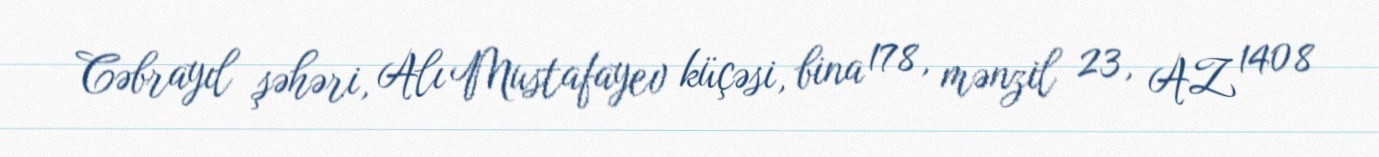
Cəbrayıl şəhəri, Alı Mustafayev küçəsi, bina 178, mənzil 23, AZ 1408